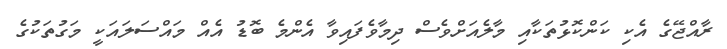
ރާއްޖޭގެ އެކި ކަންކޮޅުތަކާއި މާލެއަށްވެސް ދިމާވެފައިވާ އެންމެ ބޮޑު އެއް މައްސަލައަކީ މަގުތަކުގެ